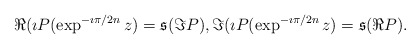
\begin{align*}\Re(\imath P(\exp^{-\imath\pi/2n}z)=\frak{s}(\Im P), \Im(\imath P(\exp^{-\imath\pi/2n}z)= \frak{s}(\Re P).\end{align*}